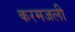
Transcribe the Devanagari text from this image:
करमजली